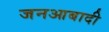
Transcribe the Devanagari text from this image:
जनआबादी